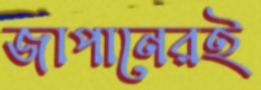
জাপানেরই